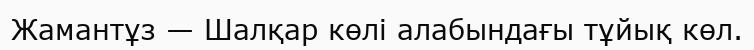
Жамантұз — Шалқар көлі алабындағы тұйық көл.